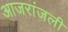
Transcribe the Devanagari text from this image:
आजरांजली